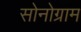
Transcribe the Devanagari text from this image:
सोनोग्राम